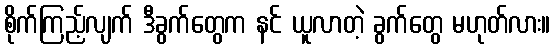
စိုက်ကြည့်လျက် ဒီခွက်တွေက နင် ယူလာတဲ့ ခွက်တွေ မဟုတ်လား။